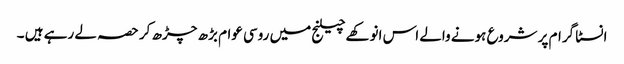
انسٹا گرام پر شروع ہونے والے اس انوکھےچیلنج میں روسی عوام بڑھ چڑھ کر حصہ لے رہے ہیں ۔